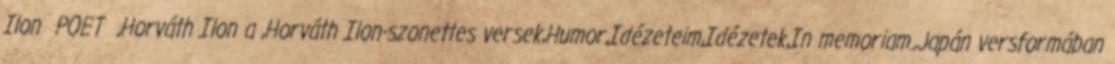
Ilon POET ,Horváth Ilon a ,Horváth Ilon-szonettes versek,Humor,Idézeteim,Idézetek,In memoriam.,Japán versformában